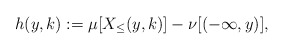
\begin{align*}h(y,k):=\mu[X_\le(y,k)]-\nu[(-\infty,y)], \end{align*}